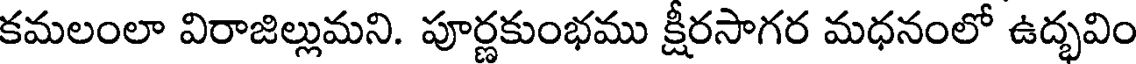
కమలంలా విరాజిల్లుమని. పూర్ణకుంభము క్షీరసాగర మధనంలో ఉద్భవిం